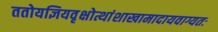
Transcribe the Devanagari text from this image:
ततोयज्ञियवृक्षोत्थांशाखामादायवाग्यतः